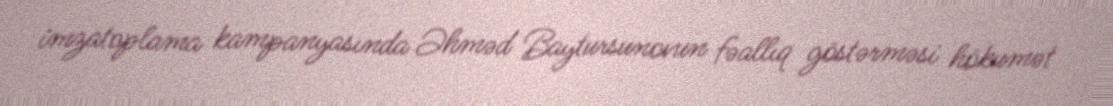
imzatoplama kampanyasında Əhməd Baytursunovun fəallıq göstərməsi hökumət